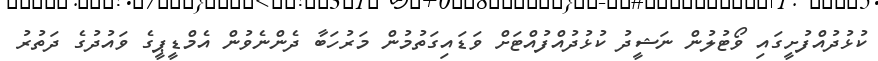
ކުޅުދުއްފުށީގައި ވޯޓުލުން ނަޝީދު ކުޅުދުއްފުއްޓަށް ވަޑައިގަތުމުން މަރުހަބާ ދެންނެވުން އެމްޑީޕީގެ ވައުދުގެ ދަތުރު